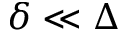
\delta \ll \Delta